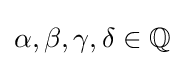
\alpha ,\beta ,\gamma ,\delta \in \mathbb {Q}